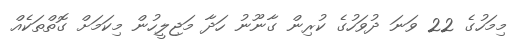
މިމަހުގެ 22 ވަނަ ދުވަހުގެ ކުރިން ގާނޫނު ހަދާ މަޖިލީހުން މިކަމަށް ގޮތްތަކެއް